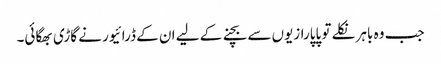
جب وہ باہر نکلے تو پاپارازیوں سے بچنے کے لیے ان کے ڈرائیور نے گاڑی بھگائی۔